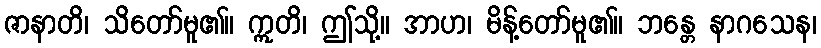
ဇာနာတိ၊ သိတော်မူ၏။ ဣတိ၊ ဤသို့။ အာဟ၊ မိန့်တော်မူ၏။ ဘန္တေ နာဂသေန၊